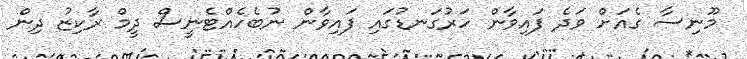
މޫނިސާ ގެއަށް ވަދެ ފައިވާން ހަރުގަނޑުގައި ފައިވާން ނުބެހެއްޓެނީސް ދީމް ރާކިޒު ދިން